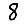
Digit: 8